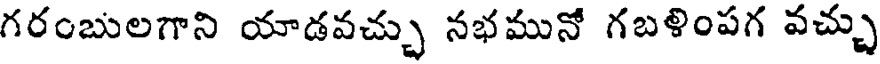
గరంబులగాని యాడవచ్చు నభమునో గబళింపగ వచ్చు